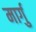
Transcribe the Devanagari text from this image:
मार्गु